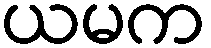
ယမက